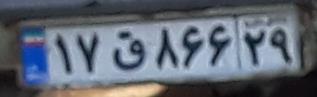
۱۷ق۸۶۶۲۹